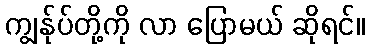
ကျွန်ုပ်တို့ကို လာ ပြောမယ် ဆိုရင်။